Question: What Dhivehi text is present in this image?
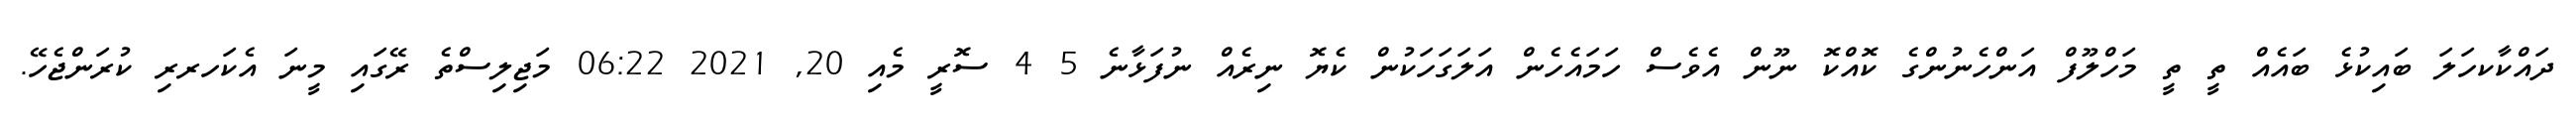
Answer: ދައްކާކހަލަ ބައިކުޅެ ބައެއް ތީ ތީ މަހްލޫފް އަންހެނުންގެ ކޮއްކޮ ނޫން އެވެސް ހަމައެހެން އަލަގަހަކުން ކެޔޮ ނިރެއް ނުފަޅާނެ 5 4 ސޮރީ މެއި 20, 2021 06:22 މަޖިލިސްތެ ރޭގައި މީނަ އެކަހރރި ކުރަންޖެހޭ.